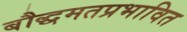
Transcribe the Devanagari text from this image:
बौद्धमतप्रभावित